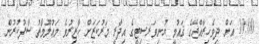
10:00 އަށް ދިވެހިރާއްޖޭގެ ޤައުމީ ޔުނިވަރސިޓީގެ އިދާރީ މަރުކަޒަށް ހާޒިރުވެ މަޢުލޫމާތު ސާފުކުރުން